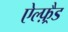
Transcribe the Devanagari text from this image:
ऐल्फ़्रैड